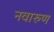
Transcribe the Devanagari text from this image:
नवारुण